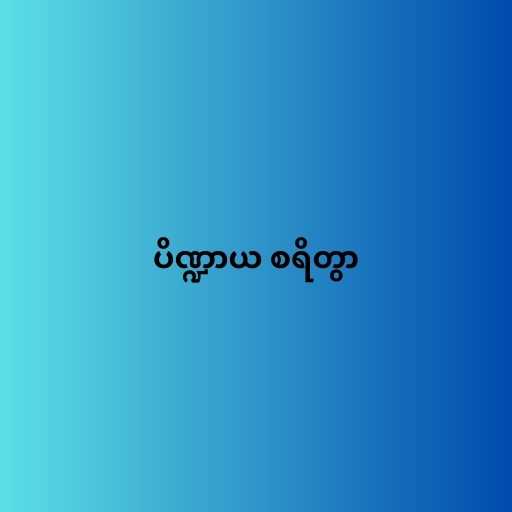
ပိဏ္ဍာယ စရိတွာ